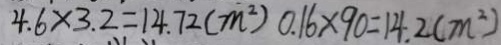
4 . 6 \times 3 . 2 = 1 4 . 7 2 ( m ^ { 2 } ) 0 . 1 6 \times 9 0 = 1 4 . 2 ( m ^ { 2 } )